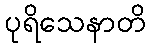
ပုရိသေနာတိ